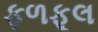
ફળફૂલ